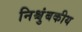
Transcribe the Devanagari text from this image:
निश्चुंबकीय